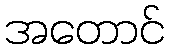
အတောင်